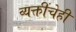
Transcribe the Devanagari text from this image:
व्यक्तींचेही